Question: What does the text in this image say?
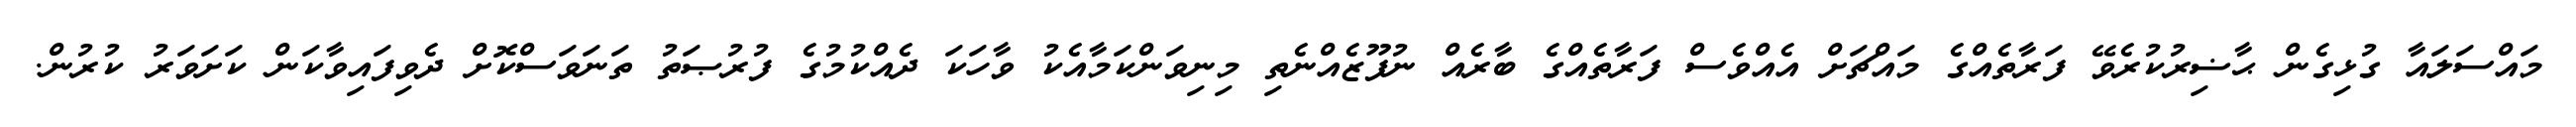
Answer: މައްސަލައާ ގުޅިގެން ޙާޟިރުކުރެވޭ ފަރާތެއްގެ މައްޗަށް އެއްވެސް ފަރާތެއްގެ ބާރެއް ނުފޫޒެއްނެތި މިނިވަންކަމާއެކު ވާހަކަ ދެއްކުމުގެ ފުރުޞަތު ތަނަވަސްކޮށް ދެވިފައިވާކަން ކަށަވަރު ކުރުން.